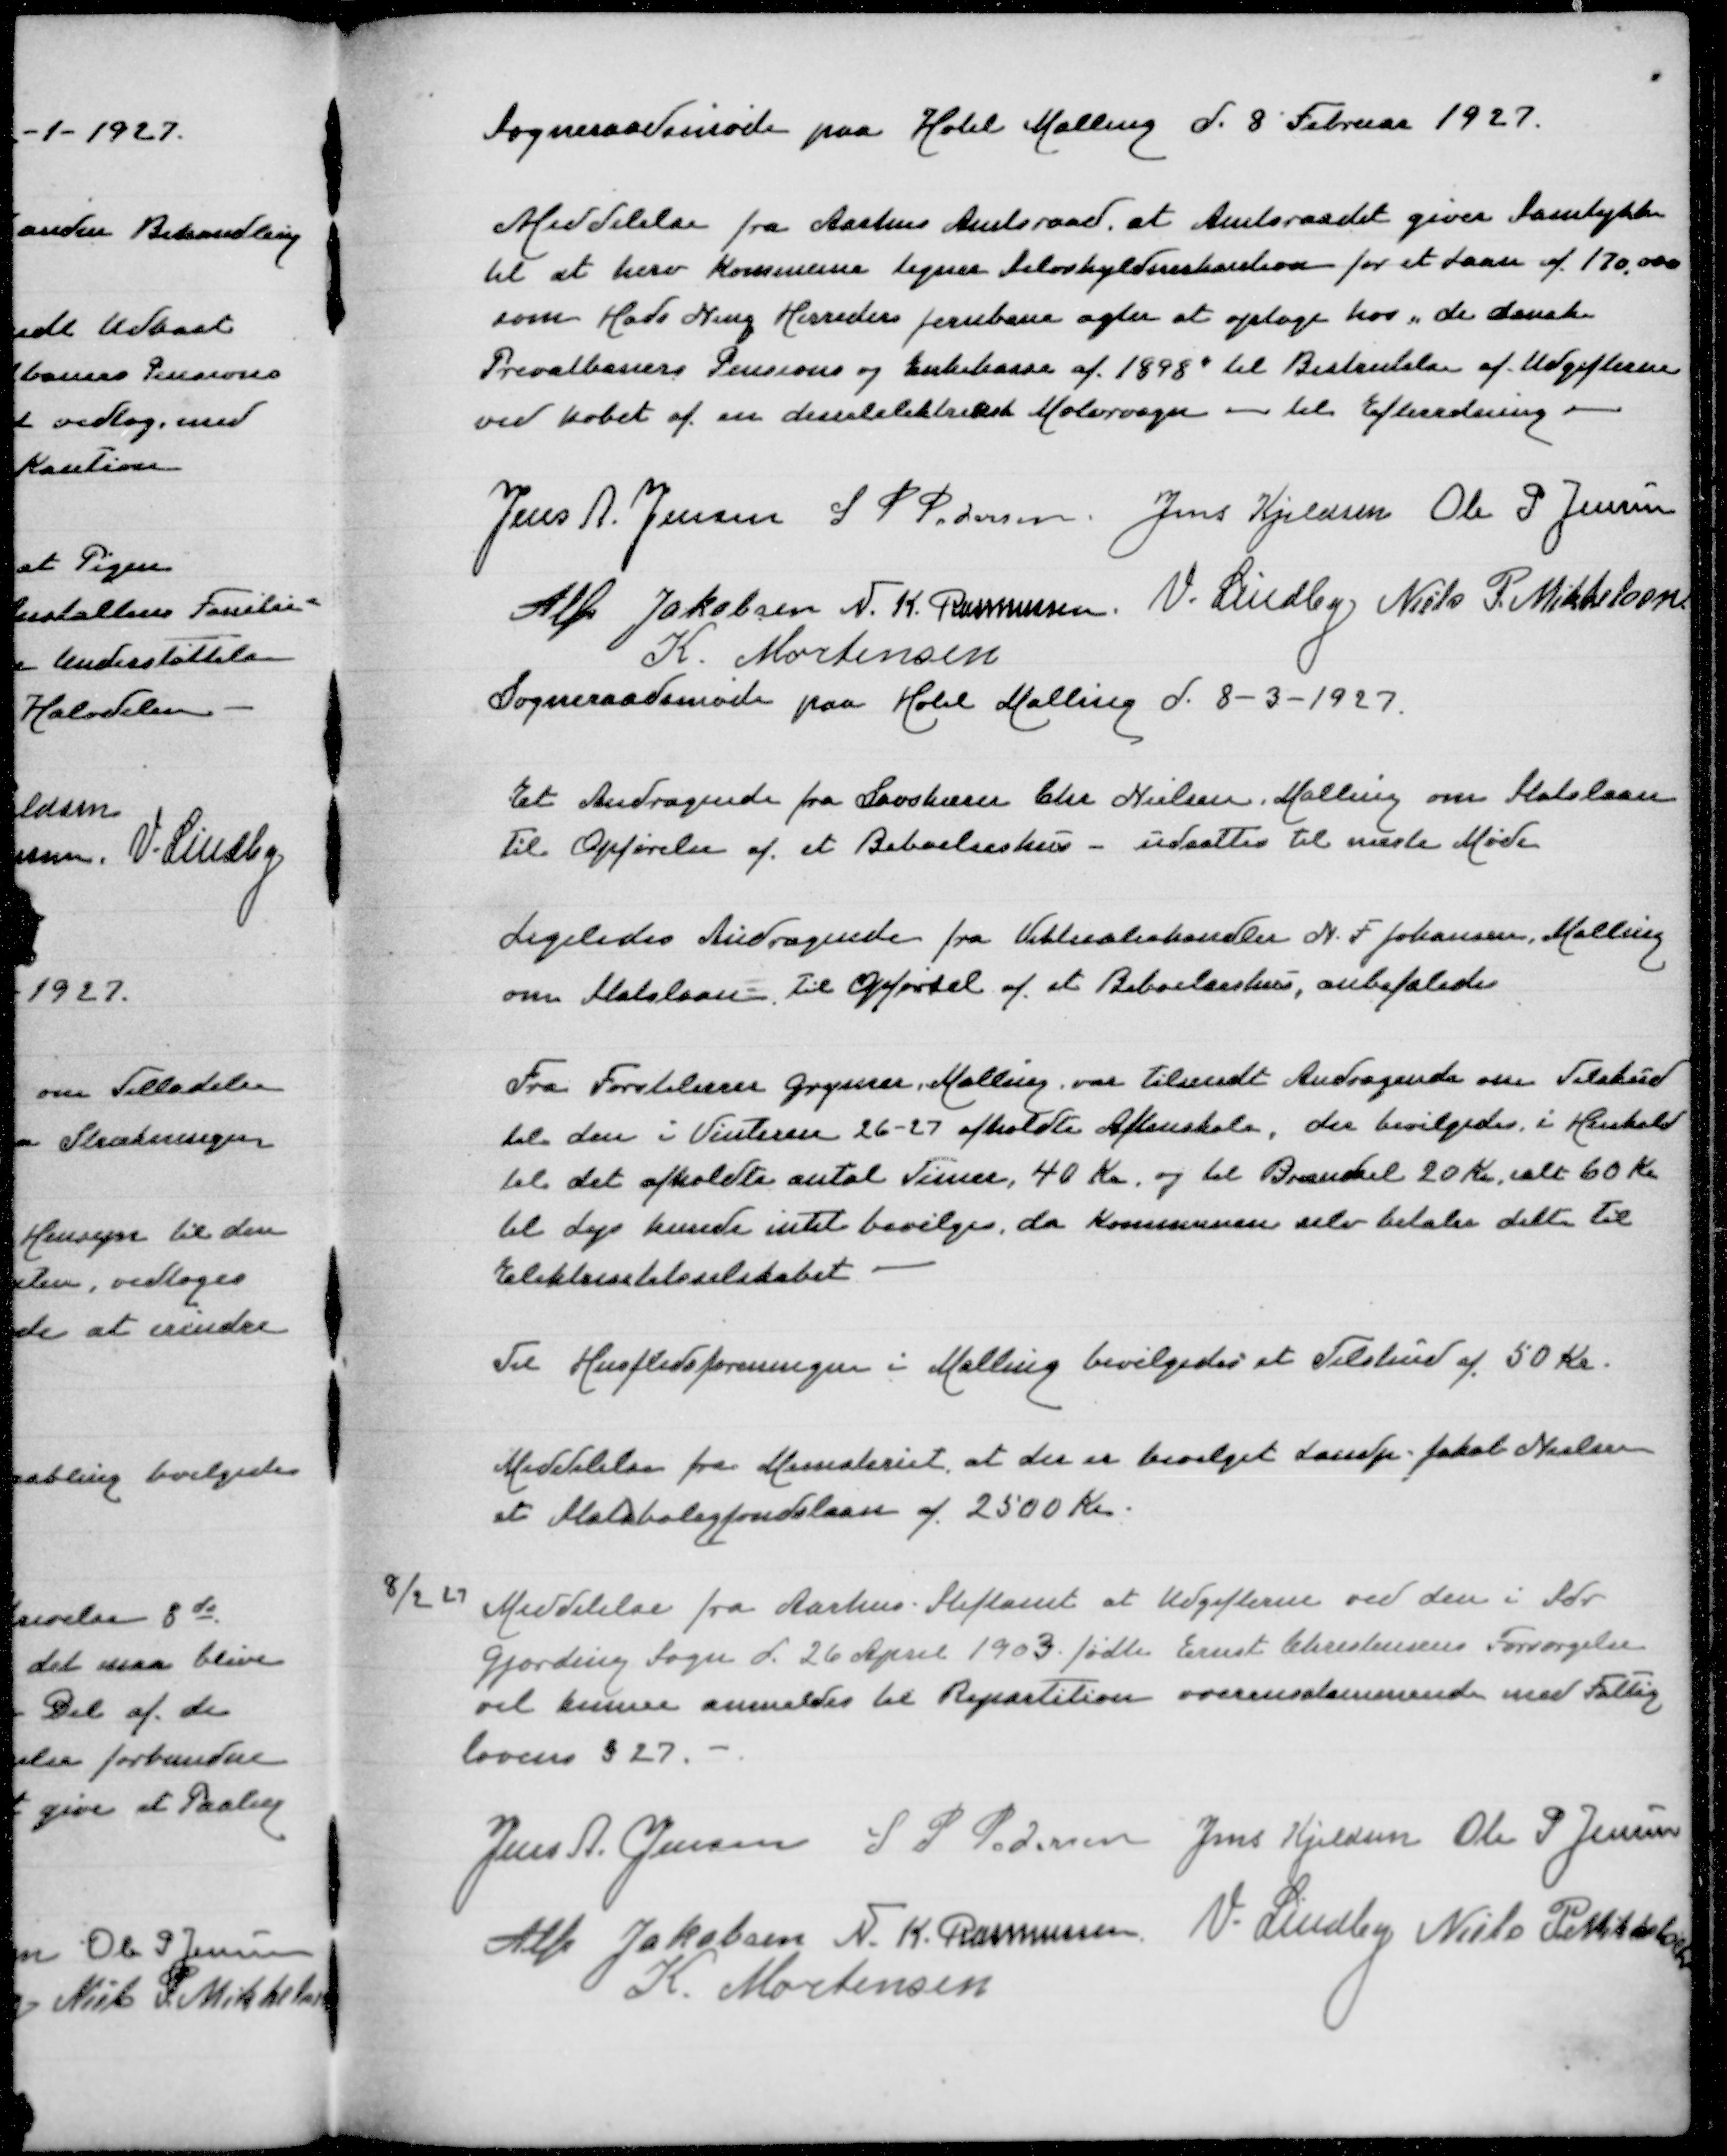
Transskription:
Sogneraadsmøde paa Hotel Malling d 8 Februar 1927

Meddelelse fra Aarhus Amtsraad at Amtsraadet giver Samtykke
til at herv Kommune tegner Selvskyldnerkaution for et Laan af 170000
som Hads Ning Herreders Jernbane agter at optage hos "de danske
Privatbaners Pensions og Enkekasse af 1898" til Bestridelse af Udgifterne
ved Købet af en dieselelektrisk Motorvogn - til Efterretning

Jens A Jensen
S P Pedersen
Jens Kjeldsen
Ole P Jensen
Alfr Jakobsen
N K Rasmussen
V Lindby
Niels P Mikkelsen
K Mortensen
Sogneraadsmøde paa Hotel Malling d 8-3-1927

Et Andragende fra Savskærer Chr Nielsen Malling om Statslaan
Til Opførelse af et Beboelseshus - udsattes til næste Møde

Ligeledes Andragende fra Viktualiehandler N F Johansen Malling
om Statslaan Til Opførsel af et Beboelseshus, anbefaledes

Fra Førstelærer Grymer Malling var tilsendt Andragende omTilskud
til den i Vinteren 26-27 afholdte Aftenskole, der bevilgedes i Henhold
til det afholdte antalTimer, 40 Kr,og til Brændsel 20 Kr, ialt 60 Kr
til Lys kunde intet bevilges, da Kommunen selv betaler dette til
Elektrisitetsselskabet

Til Husflidsforeningen i Malling bevilgedes et Tilskudaf 50 Kr

Meddelelse fra Ministeriet, at der er bevilget Landp Jakob Nielsen
et Statsboligfondslaan af 2500 Kr

8/2 27 Meddelelse fra Aarhus Stiftamt at Udgifterne ved den i Sdr
Gjording Sogn d 26 April 1903 fødte Ernst Christensens Forsørgelse
vil kunne anmeldes Repartition overensstemmende med Fattig
lovens §27

Jens A Jensen
S P Pedersen
Jens Kjeldsen
Ole P Jensen
Alfr Jakobsen
N K Rasmussen
V Lindby
Niels P Mikkelsen
K Mortensen